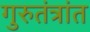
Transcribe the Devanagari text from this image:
गुरुतंत्रांत